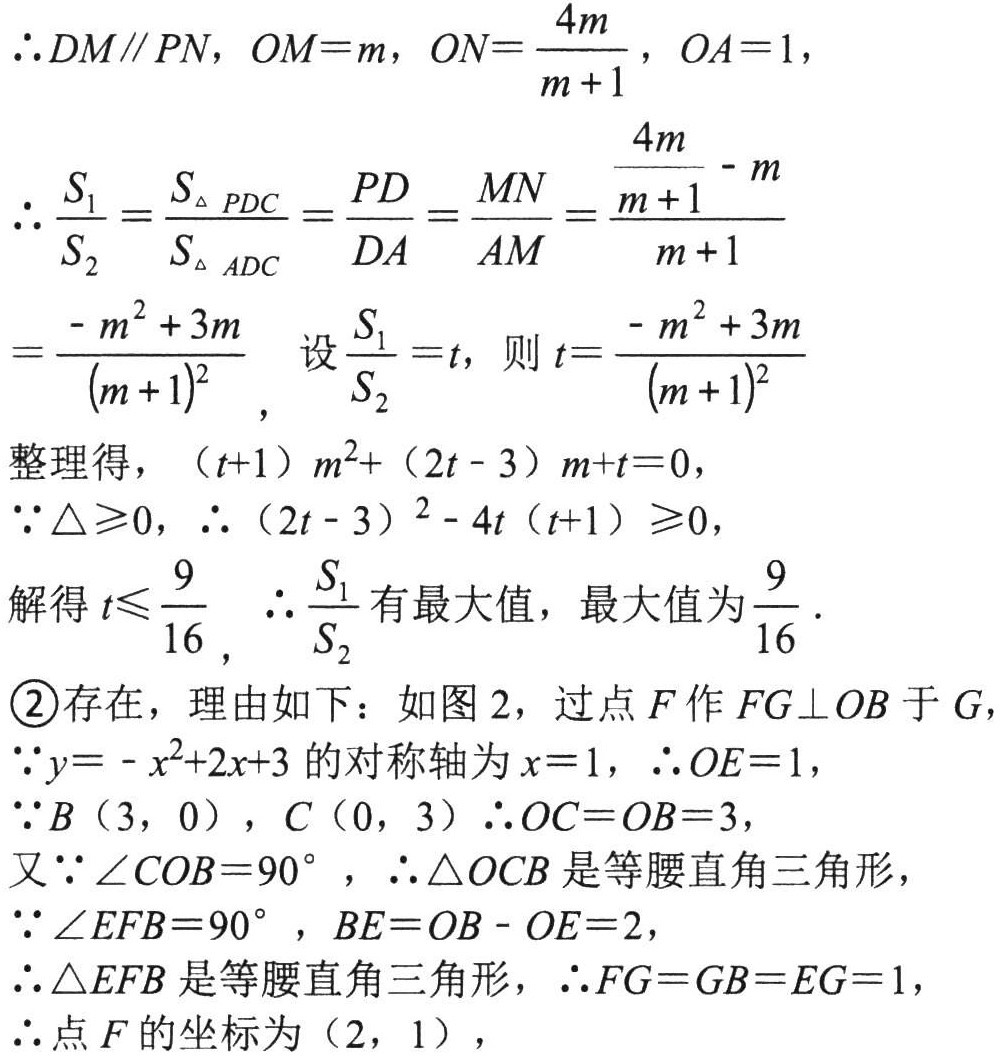
\(\therefore DM\parallel PN\)，\(OM = m\)，\(ON=\dfrac{4m}{m + 1}\)，\(OA = 1\)，
\(\therefore \dfrac{S_{1}}{S_{2}}=\dfrac{S_{\triangle PDC}}{S_{\triangle ADC}}=\dfrac{PD}{DA}=\dfrac{MN}{AM}=\dfrac{\dfrac{4m}{m + 1}-m}{m + 1}\)
\(=\dfrac{-m^{2}+3m}{(m + 1)^{2}}\)，设\(\dfrac{S_{1}}{S_{2}}=t\)，则\(t=\dfrac{-m^{2}+3m}{(m + 1)^{2}}\)
整理得，\((t + 1)m^{2}+(2t - 3)m + t = 0\)，
\(\because\Delta\geqslant0\)，\(\therefore(2t - 3)^{2}-4t(t + 1)\geqslant0\)，
解得\(t\leqslant\dfrac{9}{16}\)，\(\therefore\dfrac{S_{1}}{S_{2}}\)有最大值，最大值为\(\dfrac{9}{16}\).
\textcircled{2}存在，理由如下：如图2，过点\(F\)作\(FG\perp OB\)于\(G\)，
\(\because y=-x^{2}+2x + 3\)的对称轴为\(x = 1\)，\(\therefore OE = 1\)，
\(\because B(3,0)\)，\(C(0,3)\)\(\therefore OC = OB = 3\)，
又\(\because\angle COB = 90^{\circ}\)，\(\therefore\triangle OCB\)是等腰直角三角形，
\(\because\angle EFB = 90^{\circ}\)，\(BE = OB - OE = 2\)，
\(\therefore\triangle EFB\)是等腰直角三角形，\(\therefore FG = GB = EG = 1\)，
\(\therefore\)点\(F\)的坐标为\((2,1)\)，